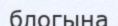
блогына